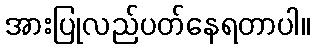
အားပြုလည်ပတ်နေရတာပါ။